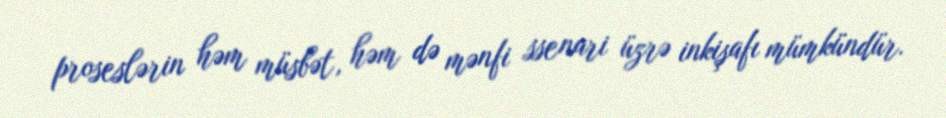
proseslərin həm müsbət, həm də mənfi ssenari üzrə inkişafı mümkündür.